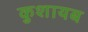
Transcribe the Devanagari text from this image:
कुशायब